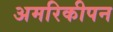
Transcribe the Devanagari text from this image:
अमरिकीपन